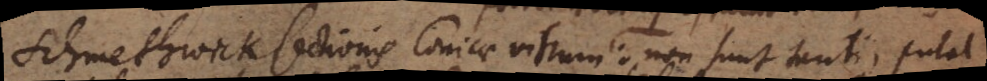
Schmethwick sectionis Conicae vitrum; non sunt tanti, putat